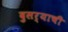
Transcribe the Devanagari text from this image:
दुसर्याची